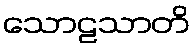
သောဠသာတိ